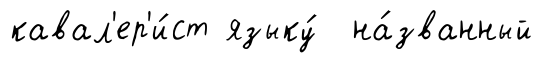
кавал'ер'и́ст языку́ на́званный